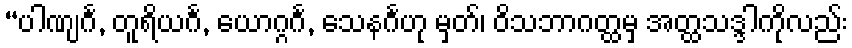
“ပါဏျင်္ဂ, တူရိယင်္ဂ, ယောဂ္ဂင်္ဂ, သေနင်္ဂဟု မှတ်၊ ဝိသဘာဂတ္ထမှ အတ္ထသဒ္ဒါကိုလည်း